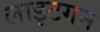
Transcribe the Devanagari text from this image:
लाइटगन